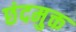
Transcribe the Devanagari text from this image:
छंदमुक्त